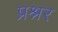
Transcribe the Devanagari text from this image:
प्रश्नर